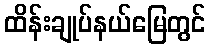
ထိန်းချုပ်နယ်မြေတွင်